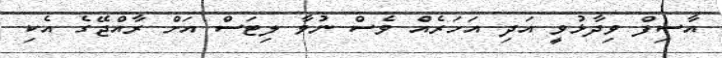
އާސިފް ވިދާޅުވީ އަދި އަހަރެއް ވެސް ނުވާ ލިޓަސް އަށް ރާއްޖޭގެ އެކި